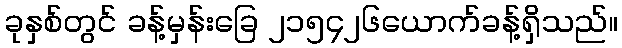
ခုနှစ်တွင် ခန့်မှန်းခြေ ၂၁၅၄၂၆ယောက်ခန့်ရှိသည်။